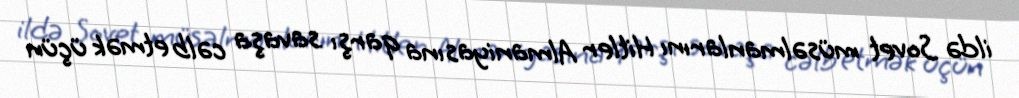
ildə Sovet müsəlmanlarını Hitler Almaniyasına qarşı savaşa cəlb etmək üçün